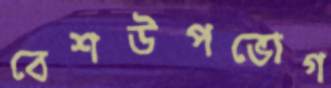
বেশউপভোগ